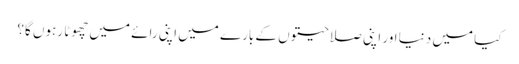
کیا میں دنیا اور اپنی صلاحیتوں کے بارے میں اپنی رائے میں چھوٹا رہوں گا؟